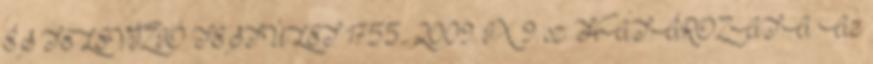
ÉS TELEVÍZIÓ TESTÜLET 1755 2009. IX. 9. sz. HATÁROZATA Az